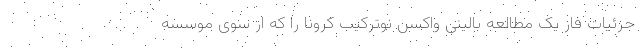
جزئیات فاز یک مطالعه بالینی واکسن نوترکیب کرونا را که از سوی موسسه